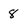
Character: 8